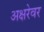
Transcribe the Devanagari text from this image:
अक्षरेवर